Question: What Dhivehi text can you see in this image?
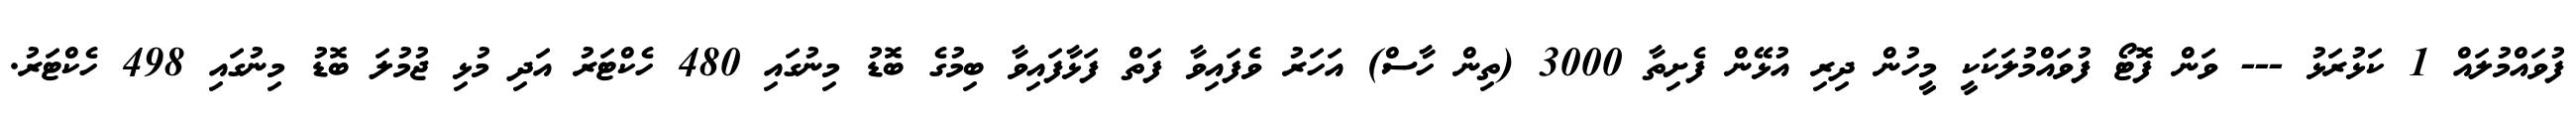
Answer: ފުވައްމުލައް 1 ކަޅުރަޅު --- ވަން ފޮޓޯ ފުވައްމުލަކަކީ މީހުން ދިރި އުޅޭން ފެށިތާ 3000 (ތިން ހާސް) އަހަރު ވެފައިވާ ފަތް ފަޅާފައިވާ ބިމުގެ ބޮޑު މިނުގައި 480 ހެކްޓަރު އަދި މުޅި ޖުމުލަ ބޮޑު މިނުގައި 498 ހެކްޓަރު.